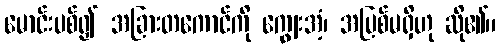
မောင်းပစ်၍ အခြားတကောင်ကို ကျွေးအံ့၊ အပြစ်မရှိဟု ဆို၏။